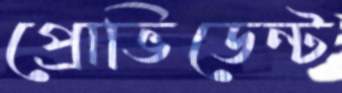
প্রোভিডেন্ট